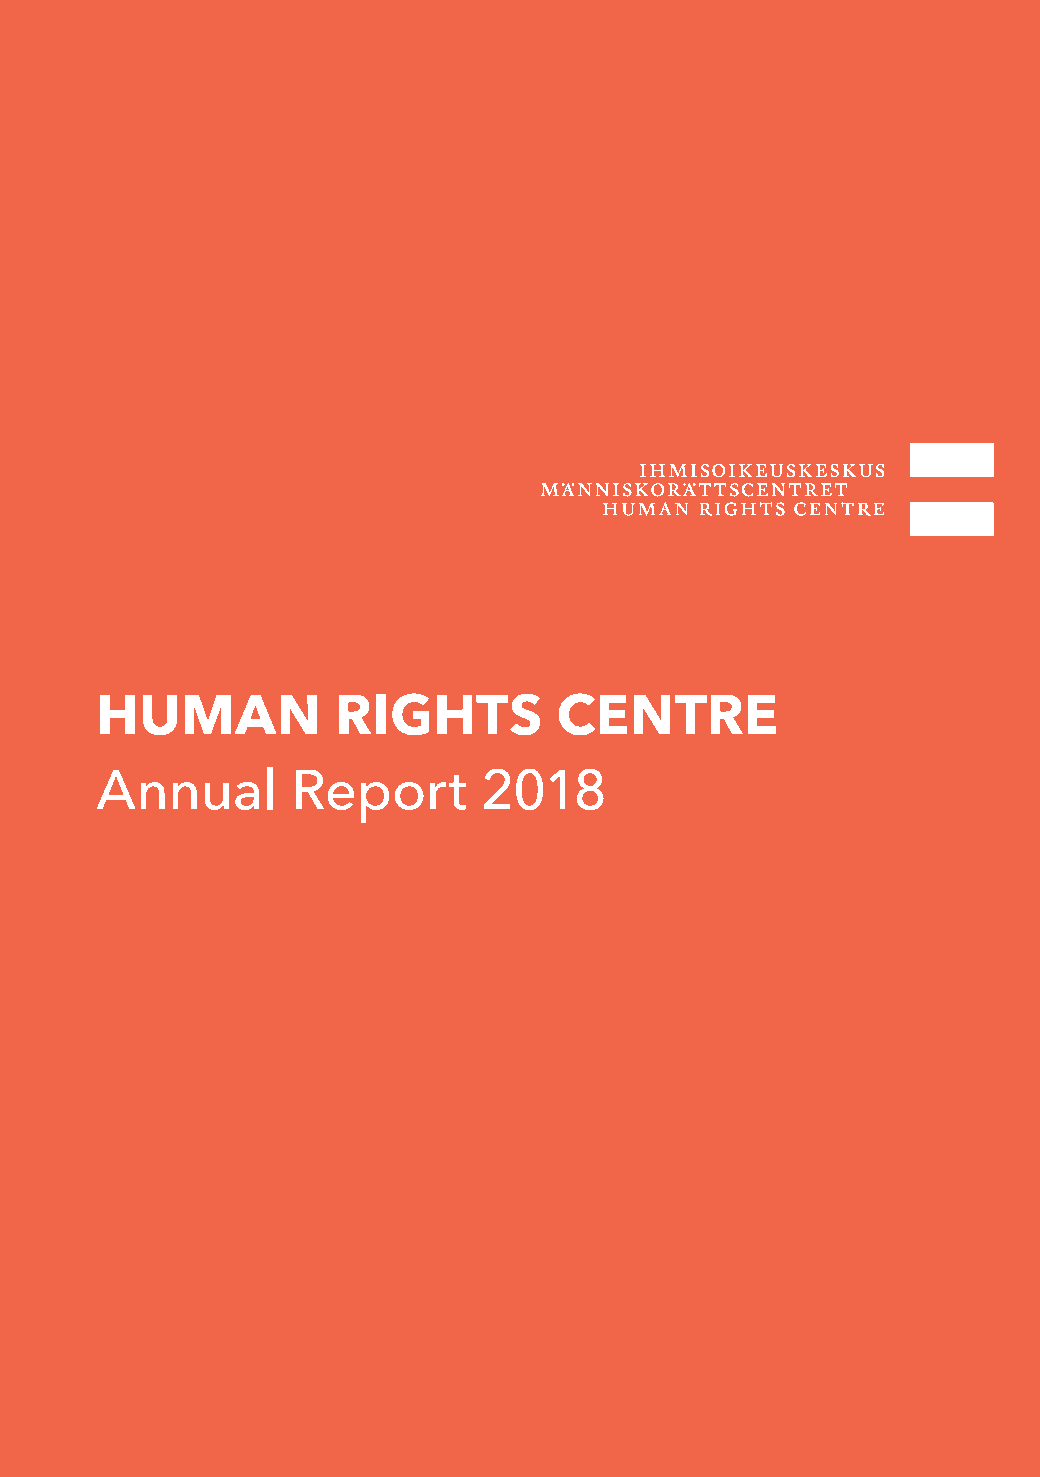
HUMAN           RIGHTS         CENTRE
 Annual       Report       2018